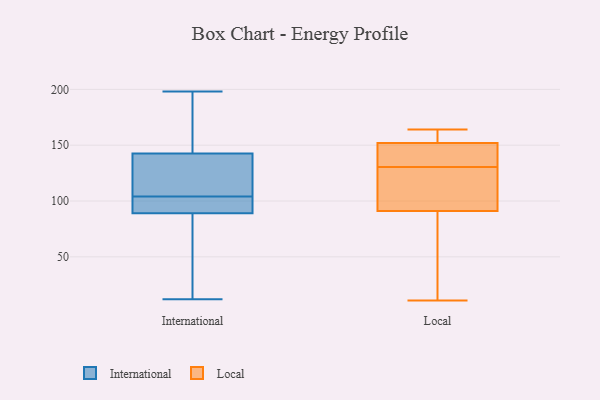
{"axis": {"x": "Net Income (USD K)", "y": "Value"}, "legend": ["International", "Local"], "data": [{"x": "", "y": 158, "type": "International"}, {"x": "", "y": 104, "type": "International"}, {"x": "", "y": 89, "type": "International"}, {"x": "", "y": 182, "type": "International"}, {"x": "", "y": 89, "type": "International"}, {"x": "", "y": 97, "type": "International"}, {"x": "", "y": 25, "type": "International"}, {"x": "", "y": 96, "type": "International"}, {"x": "", "y": 125, "type": "International"}, {"x": "", "y": 12, "type": "International"}, {"x": "", "y": 131, "type": "International"}, {"x": "", "y": 98, "type": "International"}, {"x": "", "y": 198, "type": "International"}, {"x": "", "y": 156, "type": "International"}, {"x": "", "y": 69, "type": "International"}, {"x": "", "y": 135, "type": "International"}, {"x": "", "y": 138, "type": "International"}, {"x": "", "y": 122, "type": "Local"}, {"x": "", "y": 11, "type": "Local"}, {"x": "", "y": 139, "type": "Local"}, {"x": "", "y": 120, "type": "Local"}, {"x": "", "y": 152, "type": "Local"}, {"x": "", "y": 164, "type": "Local"}, {"x": "", "y": 162, "type": "Local"}, {"x": "", "y": 139, "type": "Local"}, {"x": "", "y": 162, "type": "Local"}, {"x": "", "y": 143, "type": "Local"}, {"x": "", "y": 73, "type": "Local"}, {"x": "", "y": 91, "type": "Local"}, {"x": "", "y": 57, "type": "Local"}, {"x": "", "y": 92, "type": "Local"}]}